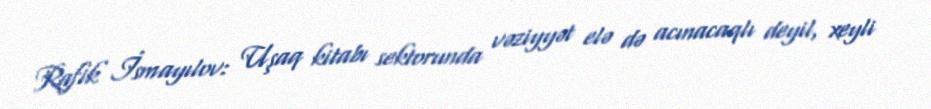
Rafik İsmayılov: Uşaq kitabı sektorunda vəziyyət elə də acınacaqlı deyil, xeyli